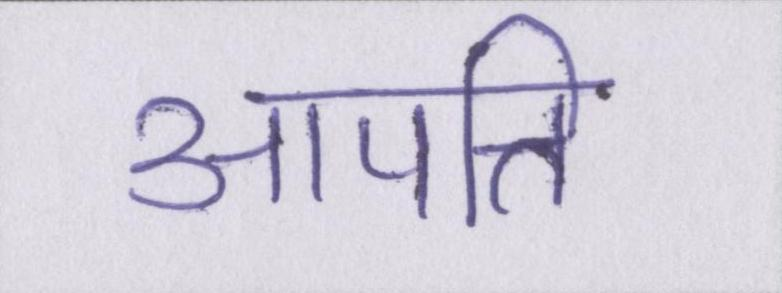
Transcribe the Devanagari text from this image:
आपत्ति